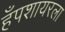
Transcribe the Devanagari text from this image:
हँपशायरला